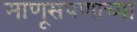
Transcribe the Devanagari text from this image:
माणूसपणाच्या